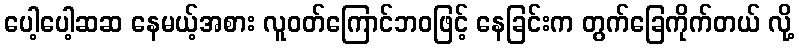
ပေါ့ပေါ့ဆဆ နေမယ့်အစား လူဝတ်ကြောင်ဘဝဖြင့် နေခြင်းက တွက်ခြေကိုက်တယ် လို့